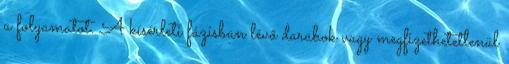
a folyamatot. A kísérleti fázisban lévő darabok vagy megfizethetetlenül